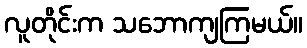
လူတိုင်းက သဘောကျကြမယ်။